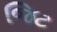
જિટ